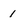
Character: 1